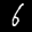
Label: 6